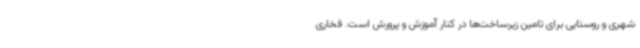
شهری و روستایی برای تامین زیرساخت‌ها در کنار آموزش و پرورش است. فخاری